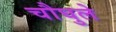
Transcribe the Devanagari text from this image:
चौघुले